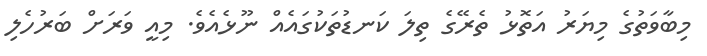
މިބާވަތުގެ މިޔަރު އަތޮޅު ތެރޭގެ ތިލަ ކަނޑުތަކުގައެއް ނޫޅެއެވެ. މިއީ ވަރަށް ބަރުހެލި